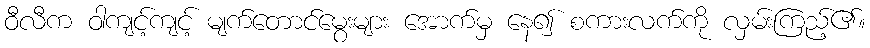
ဝီလီက ဝါကျင့်ကျင့် မျက်တောင်မွေးများ အောက်မှ နေ၍ စကားလက်ကို လှမ်းကြည့်၏။